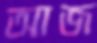
আজ